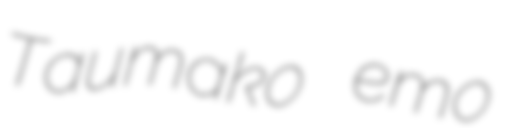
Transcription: Taumako emo